Civil Veterinary Department. Madras. Admin. report 1926-33 - 1926-1933
Year: 1926
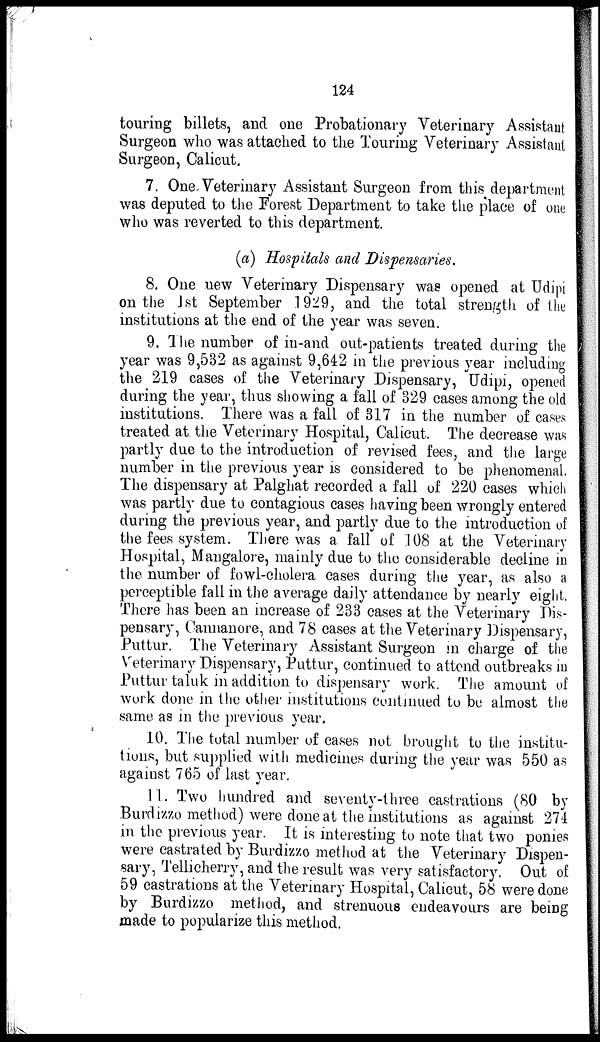
124
touring billets, and one Probationary Veterinary Assistant
Surgeon who was attached to the Touring Veterinary Assistant
Surgeon , Calicut.
7. OneVeterinary Assistant Surgeon from this department
was deputed to the Forest Department to take the place of one
who was reverted to this department.
(a) Hospitals and Dispensaries.
8. One new Veterinary Dispensary was opened at Udipi
on the 1st September 1929, and the total strength of the
institutions at the end of the year was seven.
9. The number of in-and out-patients treated during the
year was 9,532 as against 9,642 in the previous year including
the 219 cases of the Veterinary Dispensary, Udipi, opened
during the year, thus showing a fall of 329 cases among the old
institutions. There was a fall of 317 in the number of cases
treated at. the Veterinary Hospital, Calicut. The decrease was
partly due to the introduction of revised fees, and the large
number in the previous year is considered to be phenomenal,
The dispensary at Palghat recorded a fall of 220 cases which
was partly due to contagious cases having been wrongly entered
during the previous year, and partly due to the introduction of
the fees system. There was a fall of 108 at the Veterinary
Hospital, Mangalore, mainly due to the considerable decline in
the number of fowl-cholera cases during the year, as also a
perceptible fall in the average daily attendance by nearly eight.
There has been an increase of 233 cases at the Veterinary Dis-
pensary, Cannanore, and 78 cases at the Veterinary Dispensary,
Puttur. The Veterinary Assistant Surgeon in charge of the
Veterinary Dispensary, Puttur, continued to attend outbreaks in
Puttur taluk in addition to dispensary work. The amount of
work done in the other institutions continued to be almost the
same as in the previous year.
10. The total number of cases not brought to the institu-
tions, but supplied with medicines during the year was 550 as
against 765 of last year.
11. Two hundred and seventy-three castrations (80 by
Burdizzo method) were done at the institutions as against 274
in the previous year. It is interesting to note that two ponies
were castrated by Burdizzo method at the Veterinary Dispen-
sary, Tellicherry, and the result was very satisfactory. Out of
59 castrations at the Veterinary Hospital, Calicut, 58 were done
by Burdizzo method, and strenuous endeavours are being
made to popularize this method.